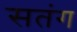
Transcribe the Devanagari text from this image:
सतंग